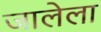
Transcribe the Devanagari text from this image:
जालेला